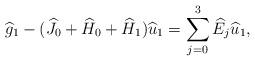
LaTeX: \begin{align*}\widehat{g}_1-(\widehat{J}_0+\widehat{H}_0+\widehat{H}_1)\widehat{u}_1=\sum\limits_{j=0}^3\widehat{E}_j\widehat{u}_1,\end{align*}